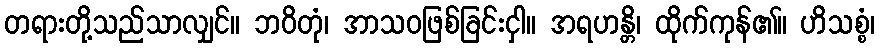
တရားတို့သည်သာလျှင်။ ဘဝိတုံ၊ အာသဝဖြစ်ခြင်းငှါ။ အရဟန္တိ၊ ထိုက်ကုန်၏။ ဟိသစ္စံ၊